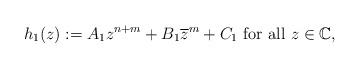
LaTeX: \begin{align*}h_1(z):= A_1 z^{n+m}+B_1\overline{z}^m +C_1 \textrm{ for all }z\in \mathbb{C},\end{align*}